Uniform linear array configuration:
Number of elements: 16
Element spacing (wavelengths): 0.5
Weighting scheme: uniform
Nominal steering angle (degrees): -15
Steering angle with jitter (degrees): -16.683
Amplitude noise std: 0.05
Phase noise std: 0.05

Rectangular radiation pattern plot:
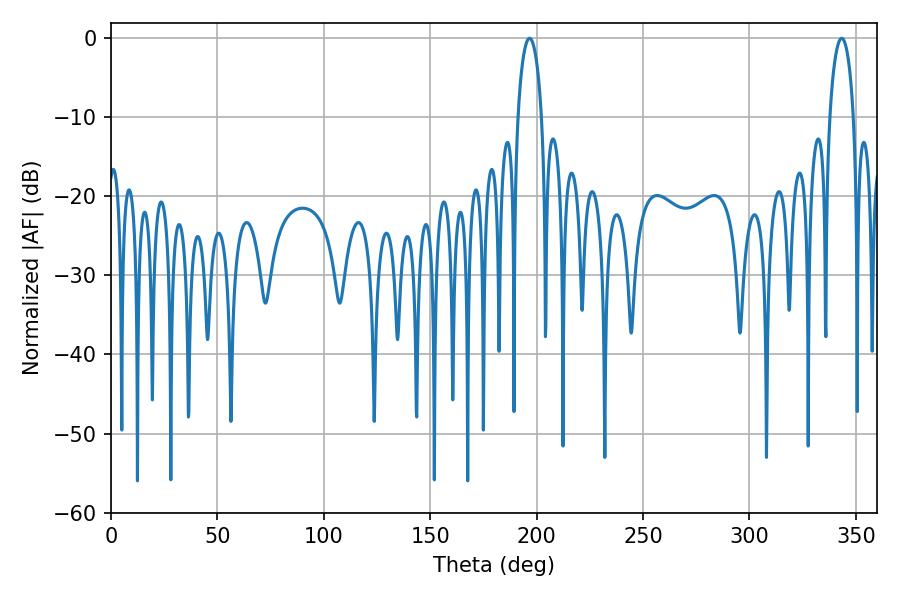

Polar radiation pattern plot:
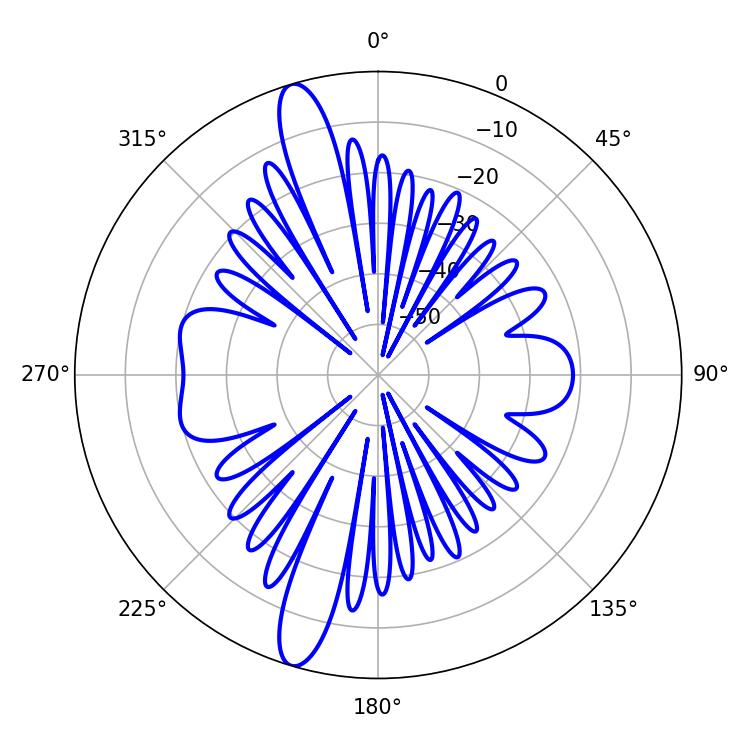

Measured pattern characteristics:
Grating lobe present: FALSE
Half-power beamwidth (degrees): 6.3
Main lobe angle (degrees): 196.74